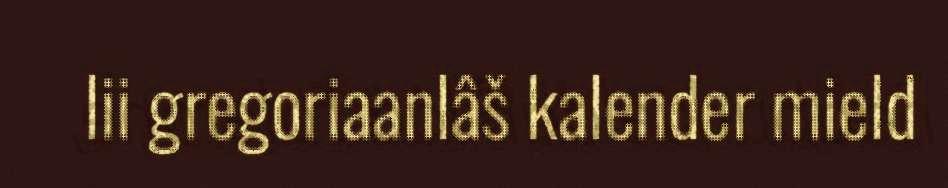
lii gregoriaanlâš kalender mield